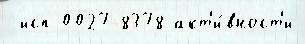
 исп 0027-8378 акт'и́вност'и